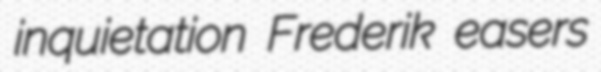
inquietation Frederik easers